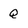
Character: Q